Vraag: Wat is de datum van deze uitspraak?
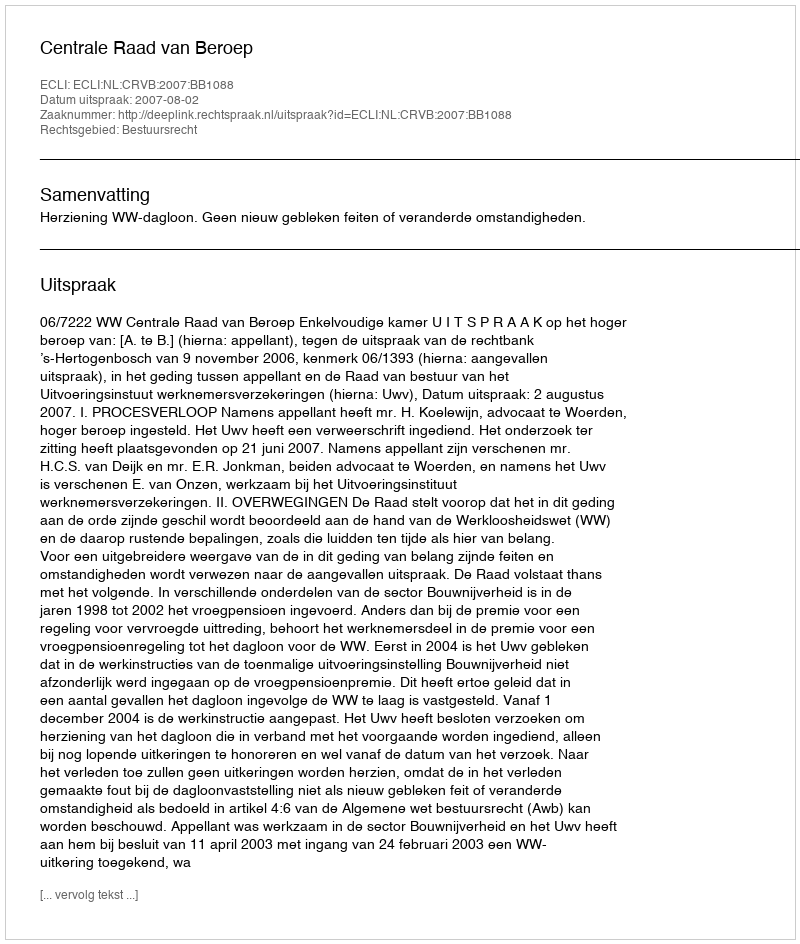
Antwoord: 2007-08-02